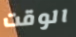
الوقت